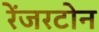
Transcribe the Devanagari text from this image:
रेंजरटोन